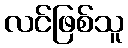
လင်ဖြစ်သူ